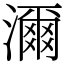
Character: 濔